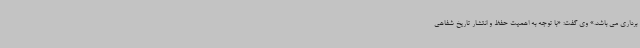
برداری می باشد.» وی گفت: «با توجه به اهمیت حفظ و انتشار تاریخ شفاهی